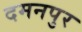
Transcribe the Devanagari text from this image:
दमनपुर